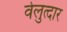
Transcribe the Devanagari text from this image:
वेलुत्दार